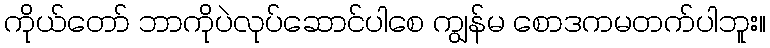
ကိုယ်တော် ဘာကိုပဲလုပ်ဆောင်ပါစေ ကျွန်မ စောဒကမတက်ပါဘူး။